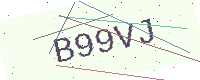
Text: B99VJ